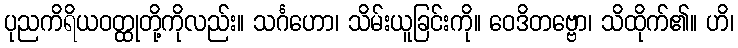
ပုညကိရိယဝတ္ထုတို့ကိုလည်း။ သင်္ဂဟော၊ သိမ်းယူခြင်းကို။ ဝေဒိတဗ္ဗော၊ သိထိုက်၏။ ဟိ၊